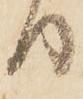
り